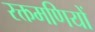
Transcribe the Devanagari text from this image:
रक्तमणियों